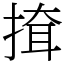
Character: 𢱕